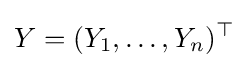
Y=(Y_{1},\ldots ,Y_{n})^{\top }